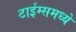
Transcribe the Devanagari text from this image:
टाईम्समध्ये